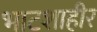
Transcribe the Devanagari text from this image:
भाटशाहीर